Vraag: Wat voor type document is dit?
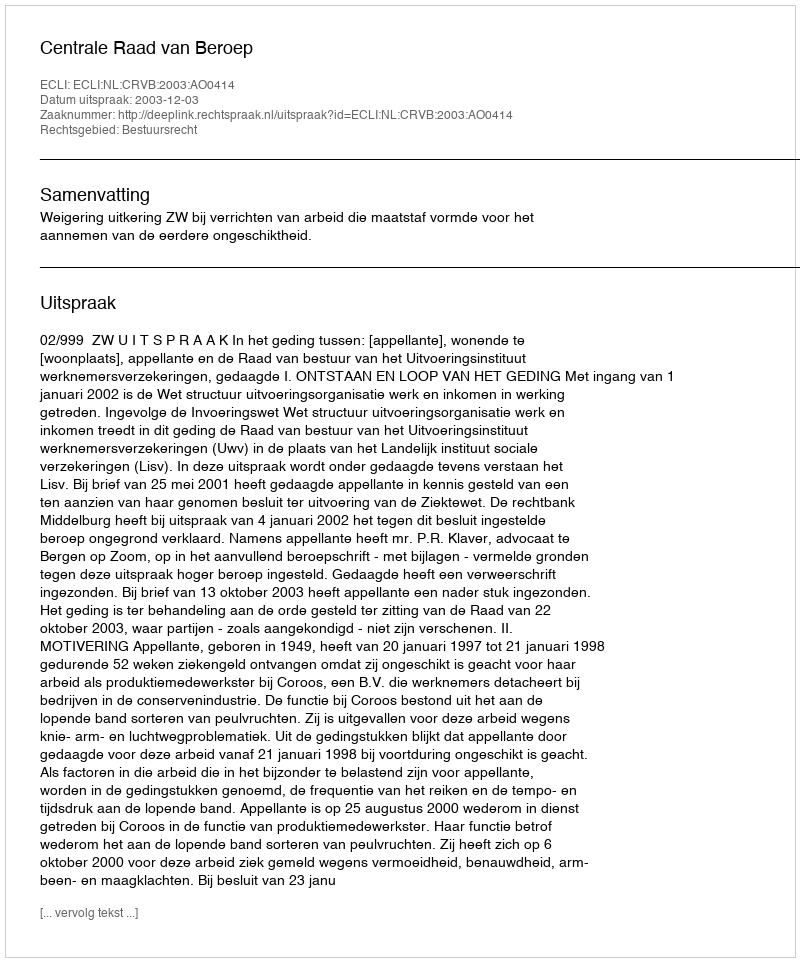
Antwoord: Uitspraak